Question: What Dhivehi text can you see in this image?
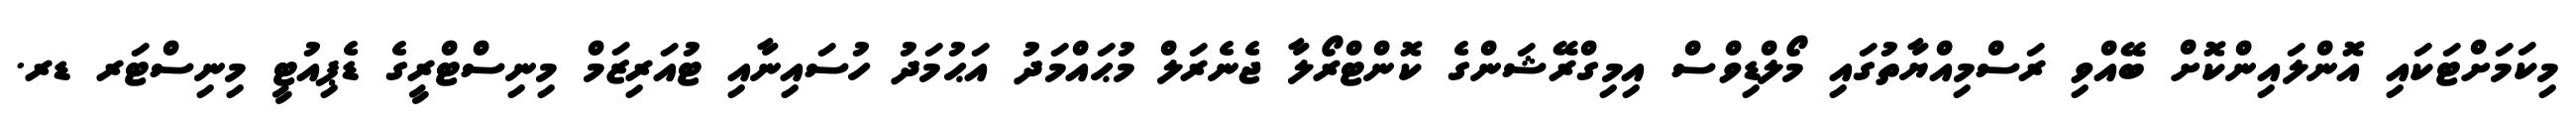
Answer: މިކަމަށްޓަކައި އޮންލައިންކޮށް ބޭއްވި ރަސްމިއްޔާތުގައި މޯލްޑިވްސް އިމިގްރޭޝަންގެ ކޮންޓްރޯލާ ޖެނެރަލް މުޙައްމަދު އަޙުމަދު ހުސައިނާއި ޓުއަރިޒަމް މިނިސްޓްރީގެ ޑެޕިއުޓީ މިނިސްޓަރ ޑރ.